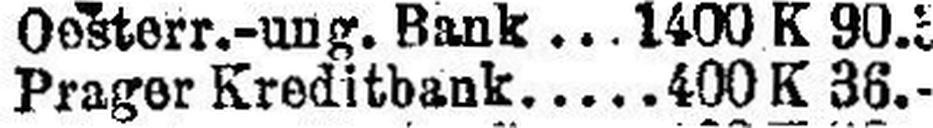
Prager Kreditbank 400 K 36.—